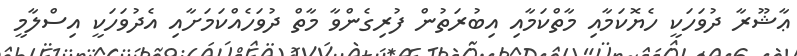
ޢާޝޫރާ ދުވަހަކީ ހެޔޮކަމާއި މާތްކަމާއި އިބުރަތުން ފުރިގެންވާ މާތް ދުވަހެއްކަމަށާއި އެދުވަހަކީ އިސްލާމީ